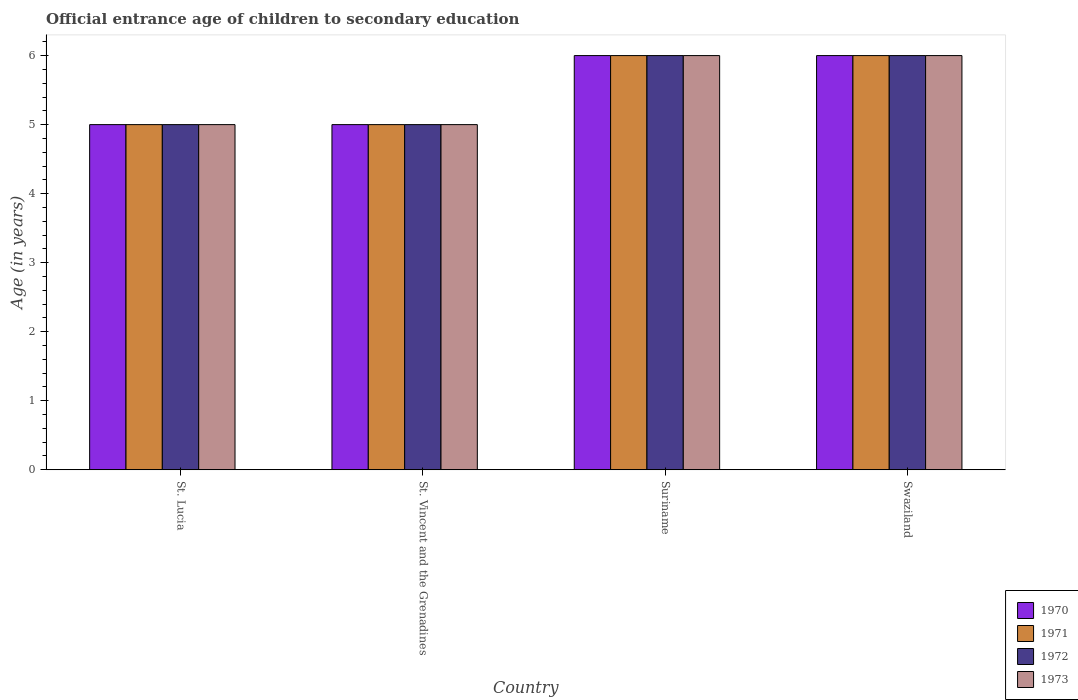
| Country | 1970 | 1971 | 1972 | 1973 |
 | --- | --- | --- | --- | --- |
 | St. Lucia | 5 | 5 | 5 | 5 |
 | St. Vincent and the Grenadines | 5 | 5 | 5 | 5 |
 | Suriname | 6 | 6 | 6 | 6 |
 | Swaziland | 6 | 6 | 6 | 6 |